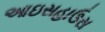
આઇસહાઉસ